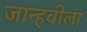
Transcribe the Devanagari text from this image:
जान्हवीला